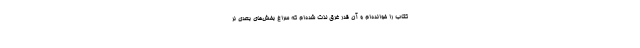
کتاب را خوانده‌ام و آن قدر غرق لذت شده‌ام که سراغ بخش‌های بعدی نر